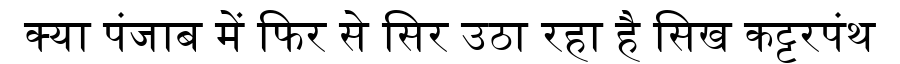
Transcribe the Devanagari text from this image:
क्या पंजाब में फिर से सिर उठा रहा है सिख कट्टरपंथ